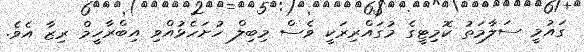
ގައުމީ ސަލާމަތު ކޮމިޓީގެ މުގައްރިރަކީ ވެސް މިބިލް ހުށަހެޅުއްވި އިބްރާހީމް ރިޒާ އެވެ.